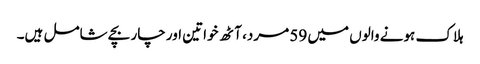
ہلاک ہونے والوں میں 59 مرد، آٹھ خواتین اور چار بچے شامل ہیں۔